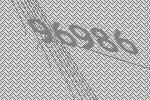
96986